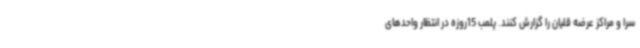
سرا و مراکز عرضه قلیان را گزارش کنند. پلمب 15روزه در انتظار واحدهای